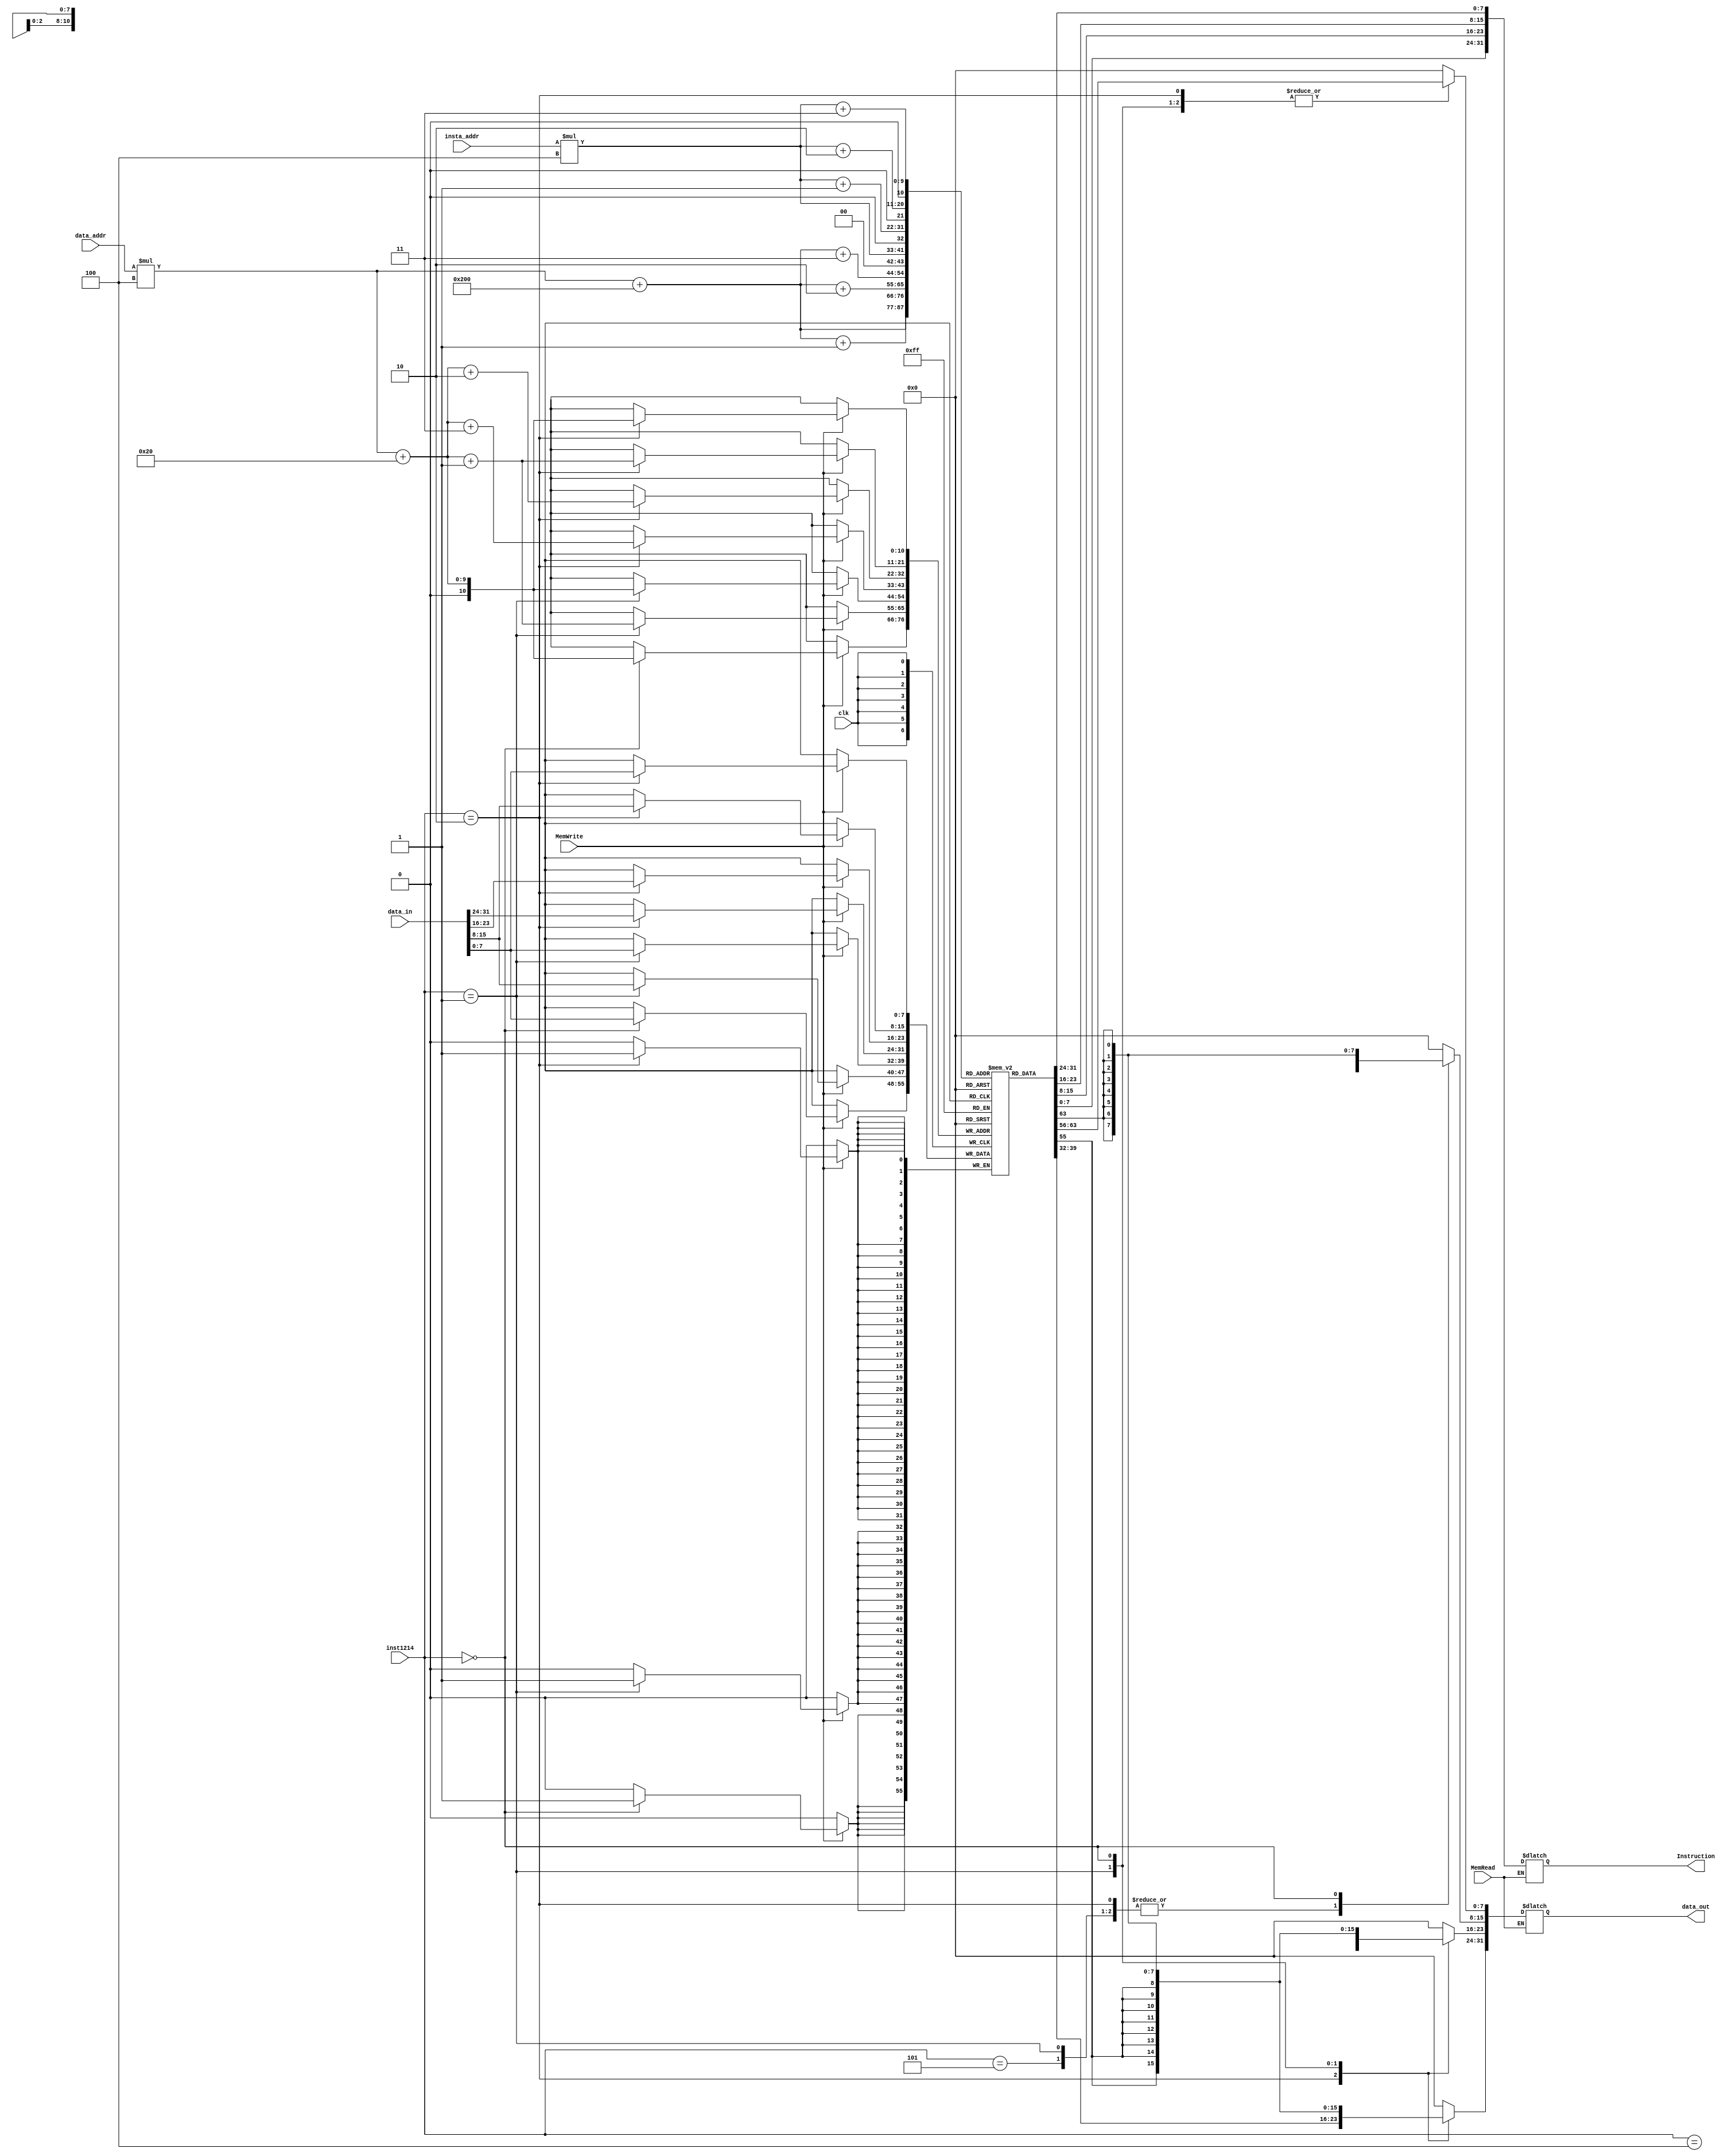

module Memory (input clk,input MemRead, input MemWrite, input [5:0] insta_addr, input [5:0] data_addr,
input [31:0] data_in, input [2:0] inst1214, output reg [31:0]  data_out ,output reg [31:0] Instruction);

parameter memSize=1024;
parameter offset=memSize/2;
reg [7:0] mem [0:memSize];





//data memory

always @(*)
if (MemRead) begin
case (inst1214)
3'b010: begin //lw
data_out [7:0]  = mem [(data_addr*4)+offset];
data_out [15:8]  = mem [(data_addr*4)+offset+1];
data_out [23:16]  = mem [(data_addr*4)+offset+2];
data_out [31:24]  = mem [(data_addr*4)+offset+3];
end
3'b001: begin  //lh
data_out [7:0]  = mem [(data_addr*4)+offset];
data_out [15:8]  = mem [(data_addr*4)+offset+1];
data_out [31:16]  = {16{data_out[15]}};
end
3'b101: begin  //lhu
data_out [7:0]  = mem [(data_addr*4)+offset];
data_out [15:8]  = mem [(data_addr*4)+offset+1];
data_out [31:16]  = 16'd0;
end
3'b000: begin  //lb
data_out [7:0]  = mem [(data_addr*4)+offset];
data_out [31:8]  = {24{data_out[7]}};
end
3'b100: begin  //lbu
data_out [7:0]  = mem [(data_addr*4)+offset];
data_out [31:8]  = 24'd0;
end
default: data_out = 32'd0;

endcase
end
else 
//data_out = 32'd0; 
begin
Instruction[7:0] = mem[insta_addr*4];
Instruction[15:8] = mem[(insta_addr*4)+1];
Instruction[23:16] = mem[(insta_addr*4)+2];
Instruction[31:24] = mem[(insta_addr*4)+3];
end

always @(posedge clk) begin
if(MemWrite)begin
case (inst1214)
3'b010: begin//sw
mem [(data_addr*4)+32]= data_in[7:0];
mem [(data_addr*4)+32+1]= data_in[15:8];
mem [(data_addr*4)+32+2]= data_in[23:16];
mem [(data_addr*4)+32+3]= data_in[31:24];
end
3'b001: begin//sh
mem [(data_addr*4)+32]= data_in[7:0];
mem [(data_addr*4)+32+1]= data_in[15:8];
end
3'b000: begin//sb
mem [(data_addr*4)+32]= data_in[7:0];
end
endcase
end
end




initial begin

//////Test case 0

////32'h00000073 ; //ECALL
//{mem[3], mem[2], mem[1], mem[0]} = 32'h00000073;
////32'h00100073; //EBREAK
//{mem[7], mem[6], mem[5], mem[4]} = 32'h00100073;
////32'h0000000F; //FENCE
//{mem[11], mem[10], mem[9], mem[8]} = 32'h0000000F;

//////Test case 1
////32'h00000033; //add x0, x0, x0
//{mem[3], mem[2], mem[1], mem[0]} = 32'h00000033;
////32'h00400293;//ADDI x5,x0,4           x5=4
//{mem[7], mem[6], mem[5], mem[4]} = 32'h00400293;
////32'hFFA00313; //ADDI x6,x0, -6      x6=-6
//{mem[11], mem[10], mem[9], mem[8]} = 32'hFFA00313;
////32'h0062A3B3; //SLT x7,x5,x6         x7=0
//{mem[15], mem[14], mem[13], mem[12]} = 32'h0062A3B3;
////32'h0062BE33; //SLTU x28,x5,x6     x28=1
//{mem[19], mem[18], mem[17], mem[16]} = 32'h0062BE33;
////32'h00529EB3; //SLL x29,x5,x5       x29=64
//{mem[23], mem[22], mem[21], mem[20]} = 32'h00529EB3;
////32'h00100213; // ADDI x4, x0, 1      x4=1
//{mem[27], mem[26], mem[25], mem[24]} = 32'h00100213;
////32'h0042DF33; //SRL x30,x5,x4      x30=2
//{mem[31], mem[30], mem[29], mem[28]} = 32'h0042DF33;
////32'h40435FB3; //SRA x31,x6,x4      x31=-3
//{mem[35], mem[34], mem[33], mem[32]} = 32'h40435FB3;
////32'hFFF34313; //XORI x6,x6,-1       x6=5
//{mem[39], mem[38], mem[37], mem[36]} = 32'hFFF34313;
////32'h00536293; //ORI x5,x6,5            x5=5
//{mem[43], mem[42], mem[41], mem[40]} = 32'h00536293;
////32'h0092F393; //ANDI x7,x5,9       x7=1
//{mem[47], mem[46], mem[45], mem[44]} = 32'h0092F393;
////32'hFFF3AE13; //SLTI x28,x7,-1    x28=0
//{mem[51], mem[50], mem[49], mem[48]} = 32'hFFF3AE13;
////32'h0023DE93; //SRLI x29,x7,2     x29=0
//{mem[55], mem[54], mem[53], mem[52]} = 32'h0023DE93;
////32'h4023DF13; //SRAI x30,x7,2    x30=0
//{mem[59], mem[58], mem[57], mem[56]} = 32'h4023DF13;


//////Test case 2

////32'h01400113;//ADDI x2,x0,20                 x2=20
//{mem[68], mem[69], mem[70], mem[71]} = 32'h01400113;
////32'h3E800513; //ADDI x10,x0,1000         x10=1000
//{mem[72], mem[73], mem[74], mem[75]} = 32'h3E800513;
////32'h00800593; //ADDI x11,x0,8  x11=8
//{mem[76], mem[77], mem[78], mem[79]} = 32'h00800593;
////32'h01C000EF; //jal x1 28  //x1=pc+4 //Pc_in = Pc_out+(28*2)
//{mem[80], mem[81], mem[82], mem[83]} = 32'h01C000EF;
////32'h00050433; //add x8 x10 x0 // x8=1000
//{mem[84], mem[85], mem[86], mem[87]} = 32'h00050433;
////32'h40B402B3; //SUB x5,x8,x11
//{mem[88], mem[89], mem[90], mem[91]} = 32'h40B402B3;
////32'h00547333; //AND x6,x8,x5
//{mem[92], mem[93], mem[94], mem[95]} = 32'h00547333;
////32'h005463B3; //OR x7,x8,x5
//{mem[96], mem[97], mem[98], mem[99]} = 32'h005463B3;
////32'h00734E33; //XOR x28,x6,x7
//{mem[100], mem[101], mem[102], mem[103]} = 32'h00734E33;
////32'h00000493; //ADDI x9,x0,0 //x9=0
//{mem[104], mem[105], mem[106], mem[107]} = 32'h00000493;
////32'hFFC10113; //ADDI x2,x2,-4
//{mem[108], mem[109], mem[110], mem[111]} = 32'hFFC10113;
////32'h00000913;  //ADDI x18,x0,0
//{mem[112], mem[113], mem[114], mem[115]} = 32'h00000913;
////32'h02B90063 ; //beq x18 x11 32
//{mem[116], mem[117], mem[118], mem[119]} = 32'h02B90063;
////32'h00291993 ; //slli x19 x18 2
//{mem[120], mem[121], mem[122], mem[123]} = 32'h00291993;
////32'h01350A33 ; //add x20 x10 x19
//{mem[124], mem[125], mem[126], mem[127]} = 32'h01350A33;
////32'h009AC863; //blt x21 x9 16
//{mem[128], mem[129], mem[130], mem[131]} = 32'h009AC863;
////32'h000A8493 ; //ADDI x9,x21,0
//{mem[132], mem[133], mem[134], mem[135]} = 32'h000A8493;
////32'h00190913 ; //ADDI x18,x18,1
//{mem[136], mem[137], mem[138], mem[139]} = 32'h00190913;
////32'hFE0002E3 ; //beq x0 x0 -28
//{mem[140], mem[141], mem[142], mem[143]} = 32'hFE0002E3;
////32'h00048513 ; //ADDI x10,x9,0 
//{mem[144], mem[145], mem[146], mem[147]} = 32'h00048513;
////32'h00410113 ; //ADDI x2,x2,4
//{mem[148], mem[149], mem[150], mem[151]} = 32'h00410113;
////32'h00008067 ; //JALR x0,0(x1)
//{mem[152], mem[153], mem[154], mem[155]} = 32'h00008067;


//////Test case 3

////32'h00000033; //add x0, x0, x0
//{mem[3], mem[2], mem[1], mem[0]} = 32'h00000033;
////32'h00F00293;//ADDI x5,x0,15    x5=15
//{mem[7], mem[6], mem[5], mem[4]} = 32'h00F00293;
////32'h00500313; //ADDI x6,x0,5    x6=5
//{mem[11], mem[10], mem[9], mem[8]} = 32'h00500313;
////32'h006283B3; //ADD x7,x5,x6    x7=20
//{mem[15], mem[14], mem[13], mem[12]} = 32'h006283B3;
////32'h40628E33; //SUB x28,x5,x6   x28=10
//{mem[19], mem[18], mem[17], mem[16]} = 32'h40628E33;
////32'h0062FEB3; //AND x29,x5,x6   x29=5
//{mem[23], mem[22], mem[21], mem[20]} = 32'h0062FEB3;
////32'h0062EF33; //OR x30,x5,x6    x30=15
//{mem[27], mem[26], mem[25], mem[24]} = 32'h0062EF33;
////32'h0062CFB3; //XOR x31,x5,x6   x31=10
//{mem[31], mem[30], mem[29], mem[28]} = 32'h0062CFB3;
////32'hFFFF4393; //XORI x7,x30,-1  x7=-16
//{mem[35], mem[34], mem[33], mem[32]} = 32'hFFFF4393;
////32'hFEC3F293; //ANDI x5,x7,-20  x5=-32
//{mem[39], mem[38], mem[37], mem[36]} = 32'hFEC3F293;
////32'h3E836313; //ORI x6,x6,1000  x6=1005
//{mem[43], mem[42], mem[41], mem[40]} = 32'h3E836313;
////32'h01A00F93; //ADDI x31,x0,26 x31=26
//{mem[47], mem[46], mem[45], mem[44]} = 32'h01A00F93;
////32'h0000EA17 ; //AUIPC x20,14 x20=57344
//{mem[51], mem[50], mem[49], mem[48]} = 32'h0000EA17;
////32'h00009AB7 ; //LUI x21,9  x21=36864
//{mem[55], mem[54], mem[53], mem[52]} = 32'h00009AB7;
////32'h00700293 ; //ADDI x5,x0,7
//{mem[59], mem[58], mem[57], mem[56]} = 32'h00700293;
////32'hFF72B313 ; //SLTIU x6,x5,-9
//{mem[63], mem[62], mem[61], mem[60]} = 32'hFF72B313;
////32'h00031463 ; //bne x6 x0 8
//{mem[67], mem[66], mem[65], mem[64]} = 32'h00031463;
////32'h0062D463 ; //bge x5 x6 8
//{mem[71], mem[70], mem[69], mem[68]} = 32'h0062D463;
////32'hFE536EE3 ; //bltu x6 x5 -4
//{mem[75], mem[74], mem[73], mem[72]} = 32'hFE536EE3;
////32'h0062F463 ; //bgeu x5 x6 8
//{mem[79], mem[78], mem[77], mem[76]} = 32'h0062F463;
////32'h00A00393 ; //ADDI x7,x0,10
//{mem[83], mem[82], mem[81], mem[80]} = 32'h00A00393;
////32'h00B00393 ; //ADDI x7,x0,11
//{mem[87], mem[86], mem[85], mem[84]} = 32'h00B00393;
////32'h00100073; //EBREAK
//{mem[91], mem[90], mem[89], mem[88]} = 32'h00100073;

{mem[3], mem[2], mem[1], mem[0]} = 32'h13;
{mem[7], mem[6], mem[5], mem[4]} = 32'h3e700013;
{mem[11], mem[10], mem[9], mem[8]} = 32'h00100093;
{mem[15], mem[14], mem[13], mem[12]} = 32'h00200113;
{mem[19], mem[18], mem[17], mem[16]} = 32'h00300193;
{mem[23], mem[22], mem[21], mem[20]} = 32'h00400213;
{mem[27], mem[26], mem[25], mem[24]} = 32'h00500293;
{mem[31], mem[30], mem[29], mem[28]} = 32'h00600313;
{mem[35], mem[34], mem[33], mem[32]} = 32'h00700393;
{mem[39], mem[38], mem[37], mem[36]} = 32'h00800413;
{mem[43], mem[42], mem[41], mem[40]} = 32'h00900493;
{mem[47], mem[46], mem[45], mem[44]} = 32'h00a00513;
{mem[51], mem[50], mem[49], mem[48]} = 32'h00b00593;
{mem[55], mem[54], mem[53], mem[52]} = 32'h00c00613;
{mem[59], mem[58], mem[57], mem[56]} = 32'h00d00693;
{mem[63], mem[62], mem[61], mem[60]} = 32'h00e00713;
{mem[67], mem[66], mem[65], mem[64]} = 32'h00f00793;
{mem[71], mem[70], mem[69], mem[68]} = 32'h01000813;
{mem[75], mem[74], mem[73], mem[72]} = 32'h01100893;
{mem[79], mem[78], mem[77], mem[76]} = 32'h01200913;
{mem[83], mem[82], mem[81], mem[80]} = 32'h01300993;
{mem[87], mem[86], mem[85], mem[84]} = 32'h01400a13;
{mem[91], mem[90], mem[89], mem[88]} = 32'h01500a93;
{mem[95], mem[94], mem[93], mem[92]} = 32'h01600b13;
{mem[99], mem[98], mem[97], mem[96]} = 32'h01700b93;
{mem[103], mem[102], mem[101], mem[100]} = 32'h01800c13;
{mem[107], mem[106], mem[105], mem[104]} = 32'h01900c93;
{mem[111], mem[110], mem[109], mem[108]} = 32'h01a00d13;
{mem[115], mem[114], mem[113], mem[112]} = 32'h01b00d93;
{mem[119], mem[118], mem[117], mem[116]} = 32'h01c00e13;
{mem[123], mem[122], mem[121], mem[120]} = 32'h01d00e93;
{mem[127], mem[126], mem[125], mem[124]} = 32'h01e00f13;
{mem[131], mem[130], mem[129], mem[128]} = 32'h01f00f93;
{mem[135], mem[134], mem[133], mem[132]} = 32'h00000663;
{mem[139], mem[138], mem[137], mem[136]} = 32'hfff00093;
{mem[143], mem[142], mem[141], mem[140]} = 32'h00100073;
{mem[147], mem[146], mem[145], mem[144]} = 32'h00210113;
{mem[151], mem[150], mem[149], mem[148]} = 32'hffe10113;
{mem[155], mem[154], mem[153], mem[152]} = 32'h00208463;
{mem[159], mem[158], mem[157], mem[156]} = 32'h00d68663;
{mem[163], mem[162], mem[161], mem[160]} = 32'hfff00093;
{mem[167], mem[166], mem[165], mem[164]} = 32'h00100073;
{mem[171], mem[170], mem[169], mem[168]} = 32'h00d68693;
{mem[175], mem[174], mem[173], mem[172]} = 32'hff368693;
{mem[179], mem[178], mem[177], mem[176]} = 32'h00101463;
{mem[183], mem[182], mem[181], mem[180]} = 32'hffe00093;
{mem[187], mem[186], mem[185], mem[184]} = 32'h00078793;
{mem[191], mem[190], mem[189], mem[188]} = 32'h00001663;
{mem[195], mem[194], mem[193], mem[192]} = 32'h00d69863;
{mem[199], mem[198], mem[197], mem[196]} = 32'h01ff1a63;
{mem[203], mem[202], mem[201], mem[200]} = 32'hffe00093;
{mem[207], mem[206], mem[205], mem[204]} = 32'h00100073;
{mem[211], mem[210], mem[209], mem[208]} = 32'hffe00093;
{mem[215], mem[214], mem[213], mem[212]} = 32'h00100073;
{mem[219], mem[218], mem[217], mem[216]} = 32'hff150513;
{mem[223], mem[222], mem[221], mem[220]} = 32'h01e54663;
{mem[227], mem[226], mem[225], mem[224]} = 32'hffd00093;
{mem[231], mem[230], mem[229], mem[228]} = 32'h00100073;
{mem[235], mem[234], mem[233], mem[232]} = 32'h00af4a63;
{mem[239], mem[238], mem[237], mem[236]} = 32'h0073c863;
{mem[243], mem[242], mem[241], mem[240]} = 32'h00004663;
{mem[247], mem[246], mem[245], mem[244]} = 32'h00a50513;
{mem[251], mem[250], mem[249], mem[248]} = 32'h01ff4663;
{mem[255], mem[254], mem[253], mem[252]} = 32'hffd00093;
{mem[259], mem[258], mem[257], mem[256]} = 32'h00100073;
{mem[263], mem[262], mem[261], mem[260]} = 32'hff100513;
{mem[267], mem[266], mem[265], mem[264]} = 32'h02756263;
{mem[271], mem[270], mem[269], mem[268]} = 32'h03ffe063;
{mem[275], mem[274], mem[273], mem[272]} = 32'hfe600513;
{mem[279], mem[278], mem[277], mem[276]} = 32'h01e56c63;
{mem[283], mem[282], mem[281], mem[280]} = 32'hfe500593;
{mem[287], mem[286], mem[285], mem[284]} = 32'h00b56863;
{mem[291], mem[290], mem[289], mem[288]} = 32'h00b00593;
{mem[295], mem[294], mem[293], mem[292]} = 32'h00a00513;
{mem[299], mem[298], mem[297], mem[296]} = 32'h00b56663;
{mem[303], mem[302], mem[301], mem[300]} = 32'hffc00093;
{mem[307], mem[306], mem[305], mem[304]} = 32'h00100073;
{mem[311], mem[310], mem[309], mem[308]} = 32'h0062da63;
{mem[315], mem[314], mem[313], mem[312]} = 32'hfe700513;
{mem[319], mem[318], mem[317], mem[316]} = 32'h00555663;
{mem[323], mem[322], mem[321], mem[320]} = 32'h00005263;
{mem[327], mem[326], mem[325], mem[324]} = 32'h00a8d663;
{mem[331], mem[330], mem[329], mem[328]} = 32'hffb00093;
{mem[335], mem[334], mem[333], mem[332]} = 32'h00100073;
{mem[339], mem[338], mem[337], mem[336]} = 32'h00a00513;
{mem[343], mem[342], mem[341], mem[340]} = 32'h0062fa63;
{mem[347], mem[346], mem[345], mem[344]} = 32'hfe700513;
{mem[351], mem[350], mem[349], mem[348]} = 32'h00a2f663;
{mem[355], mem[354], mem[353], mem[352]} = 32'h00af7463;
{mem[359], mem[358], mem[357], mem[356]} = 32'h00a57a63;
{mem[363], mem[362], mem[361], mem[360]} = 32'hffa00093;
{mem[367], mem[366], mem[365], mem[364]} = 32'h00100073;
{mem[371], mem[370], mem[369], mem[368]} = 32'hff900093;
{mem[375], mem[374], mem[373], mem[372]} = 32'h00100073;
{mem[379], mem[378], mem[377], mem[376]} = 32'h00a00513;
{mem[383], mem[382], mem[381], mem[380]} = 32'h02a00093;
{mem[387], mem[386], mem[385], mem[384]} = 32'h00100073;












//////Test case 4

////32'h00200113 ; //addi x2, x0, 2
//{mem[240], mem[241], mem[242], mem[243]} = 32'h00200113;
////32'h00300093 ; //addi x1, x0, 3
//{mem[244], mem[245], mem[246], mem[247]} = 32'h00300093;
////32'h00112023 ; //sw x1, 0(x2)
//{mem[248], mem[249], mem[250], mem[251]} = 32'h00112023;
////32'h00012183 ; //lw x3, 0(x2)
//{mem[252], mem[253], mem[254], mem[255]} = 32'h00012183;
////32'h00400093 ; //addi x1, x0, 4
//{mem[256], mem[257], mem[258], mem[259]} = 32'h00400093;
////32'h00111023 ; // sh x1, 0(x2)
//{mem[260], mem[261], mem[262], mem[263]} = 32'h00111023;
////32'h00011183 ;//lh x3, 0(x2)
//{mem[264], mem[265], mem[266], mem[267]} = 32'h00011183;
////32'hFFFFF0B7 ; //lui x1,1048575
//{mem[268], mem[269], mem[270], mem[271]} = 32'hFFFFF0B7;
////32'h40008093 ; //addi x1, x1, 1024
//{mem[272], mem[273], mem[274], mem[275]} = 32'h40008093;
////32'h00110023 ;  //sb x1, 0(x2)
//{mem[276], mem[277], mem[278], mem[279]} = 32'h00110023;
////32'h00010183 ; //lb x3, 0(x2)
//{mem[280], mem[281], mem[282], mem[283]} = 32'h00110023;



//data memory start 
 /*mem[200]=8'd17;
 mem[201]=8'd0;
 mem[202]=8'd0;
 mem[203]=8'd0;
 mem[204]=8'd9;
 mem[205]=8'd0;
 mem[206]=8'd0;
 mem[207]=8'd0;
 mem[208]=8'd25;
 mem[209]=8'd0;
 mem[210]=8'd0;
 mem[211]=8'd0; */

 end 

endmodule